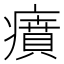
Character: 㿎